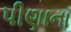
પીણાના